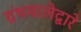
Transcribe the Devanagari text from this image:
ग्रंथमालेद्वारे